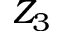
Z _ { 3 }